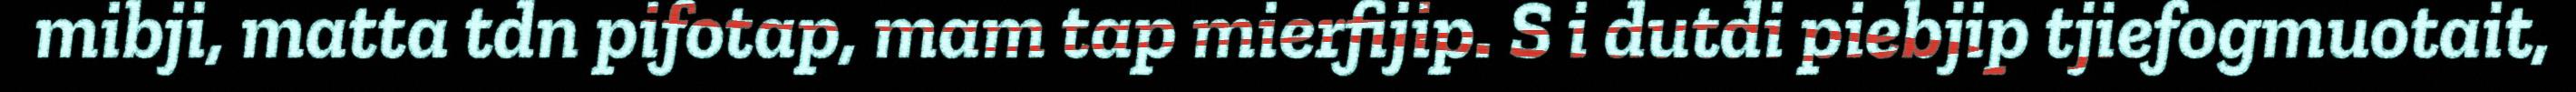
mibji, matta tdn pifotap, mam tap mierfijip. S i dutdi piebjip tjiefogmuotait,